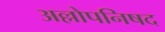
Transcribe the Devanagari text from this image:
अल्लोपनिषद